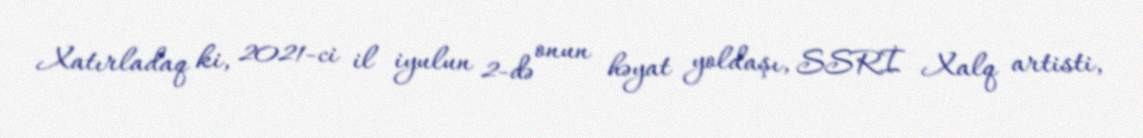
Xatırladaq ki, 2021-ci il iyulun 2-də onun həyat yoldaşı, SSRİ Xalq artisti,